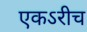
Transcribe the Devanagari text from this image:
एकऽरीच